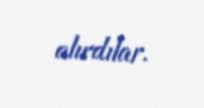
alırdılar.